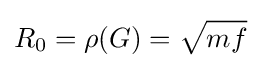
R_{0}=\rho (G)={\sqrt {mf}}